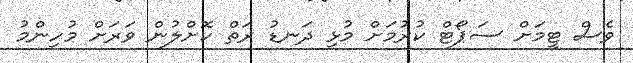
ވެސް ޓީމަށް ސަޕޯޓް ކުރުމަށް މުޅި ދަނޑު ރަތް ކޮށްލުން ވަރަށް މުހިންމު